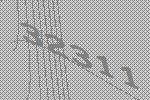
32311